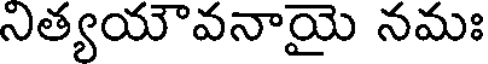
నిత్యయౌవనాయై నమః